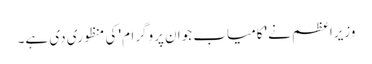
وزیراعظم نے 'کامیاب جوان پروگرام' کی منظوری دی ہے۔